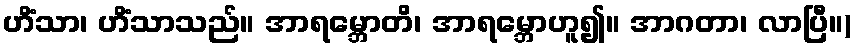
ဟိံသာ၊ ဟိံသာသည်။ အာရမ္ဘောတိ၊ အာရမ္ဘောဟူ၍။ အာဂတာ၊ လာပြီ။)